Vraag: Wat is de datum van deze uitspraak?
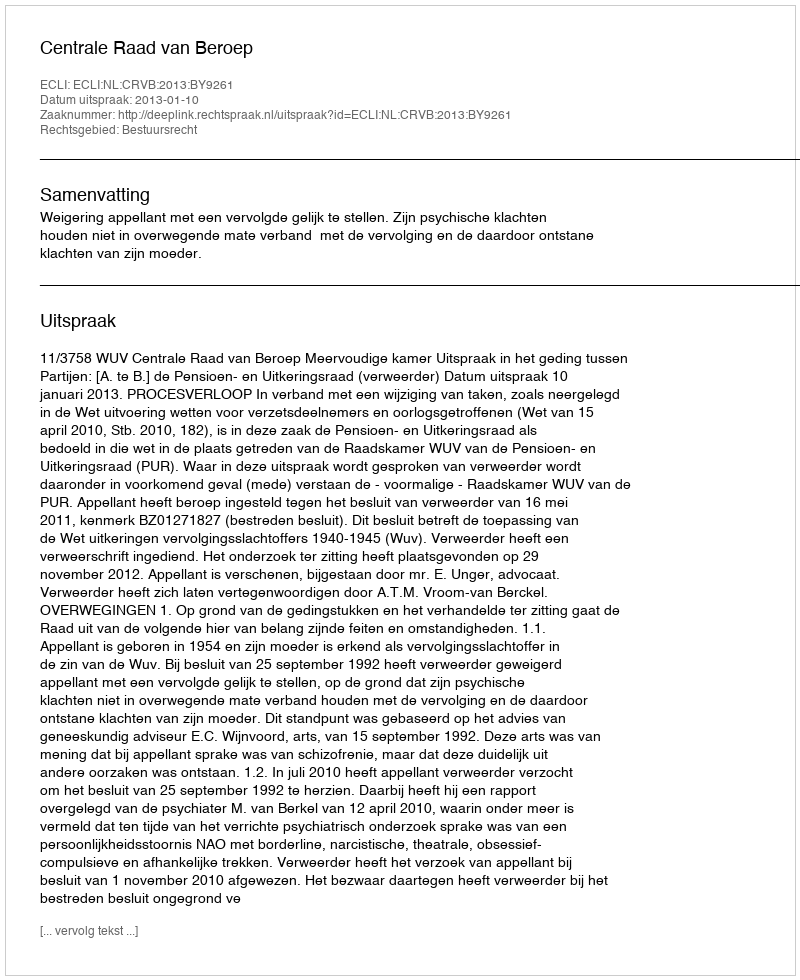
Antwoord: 2013-01-10